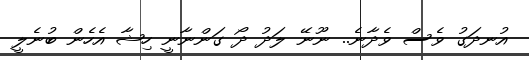
އުނދަގު ވެސް ވެދާނެ.. ނޫނޭ ލަދު ދޯ ގަންނާނީ ހިޝާ އެހެން ބުނެލީ